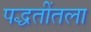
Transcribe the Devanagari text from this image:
पद्धतींतला